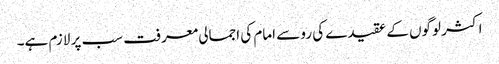
اکثر لوگوں کے عقیدے کی رو سے امام کی اجمالی معرفت سب پر لازم ہے۔